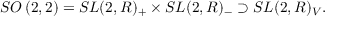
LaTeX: { S O } \left( 2 , 2 \right) = { S L } ( 2 , R ) _ { + } \times { S L } ( 2 , R ) _ { - } \supset { S L } ( 2 , R ) _ { V } .